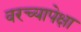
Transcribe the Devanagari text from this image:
वरच्यापेक्षा